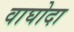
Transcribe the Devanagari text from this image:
वाघोदा